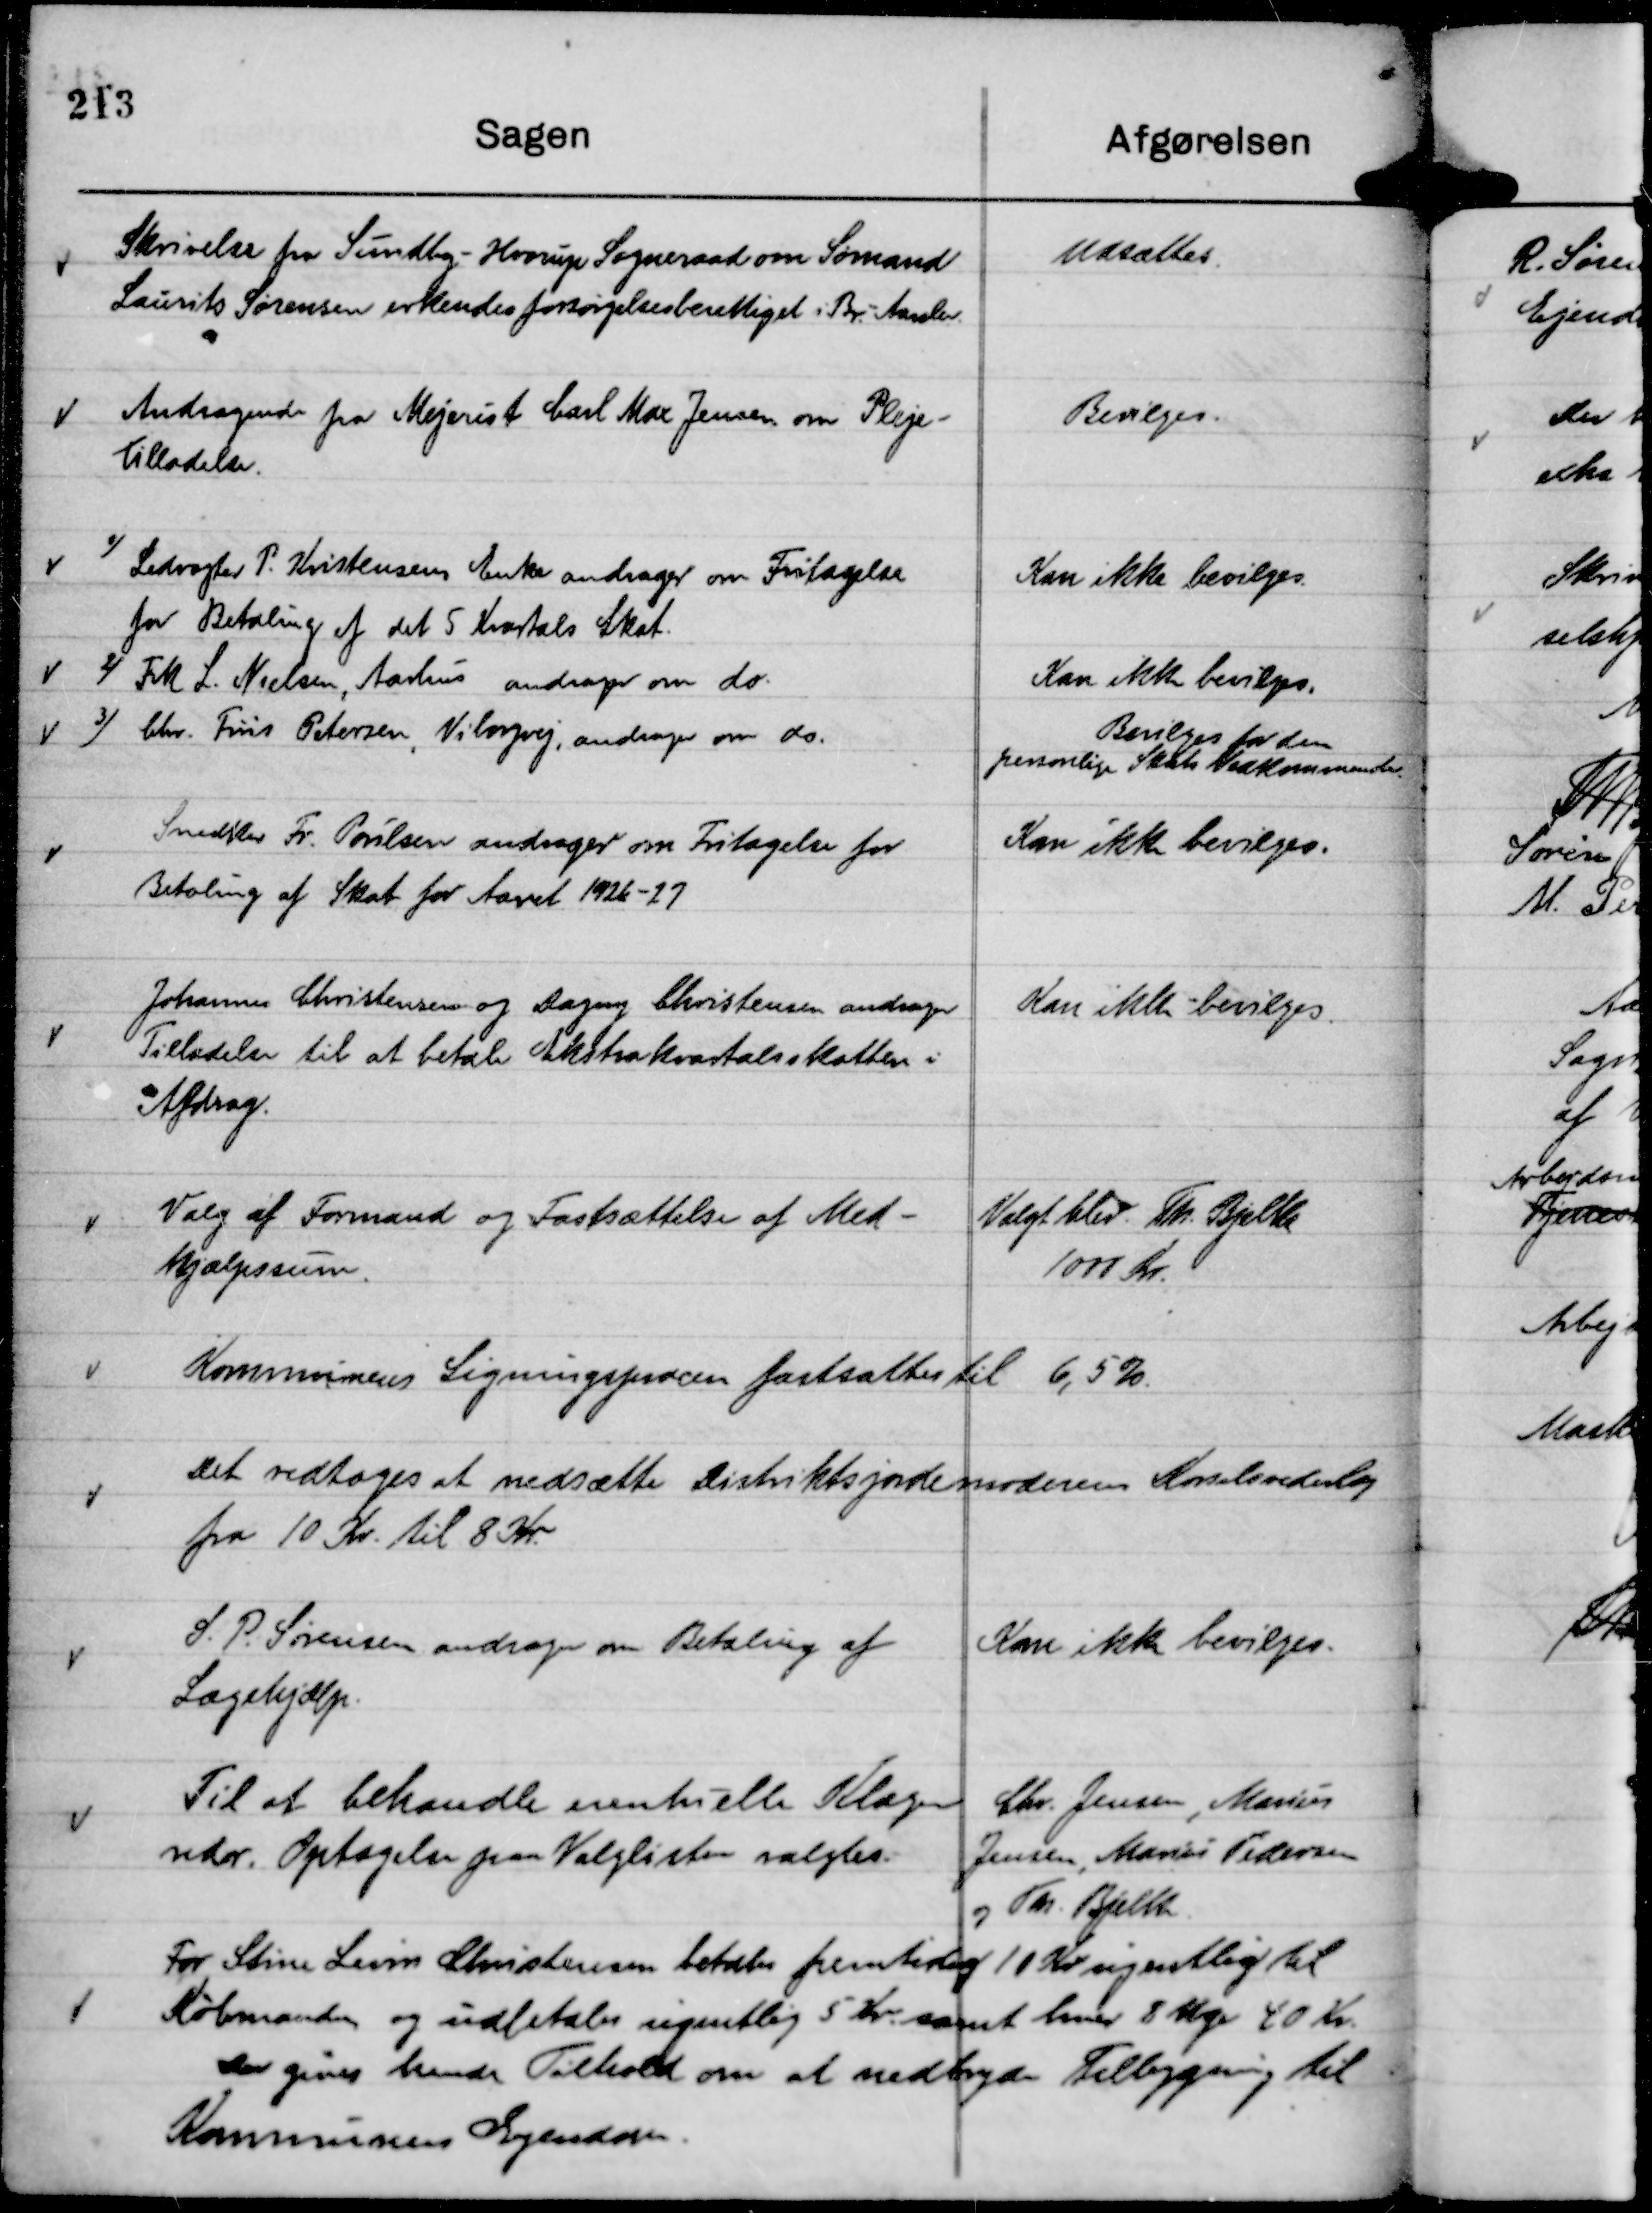
Transskription:
Skrivelse fra Sundby - Hvorup Sogneraad om Sømand
Laurits Sørensen erkendes forsørgelsesberettiget i Br. - Aarslev.

Udsættes.

Andragende fra Mejerist Carl Max Jensen om Pleje-
Tilladelse.

Bevilges.

Snedker Fr. Poulsen andrager om Fritagelse for
Betaling af Skat for Aaret 1926 - 27

Kan ikke bevilges.

Johannes Christensen og Dagny Christensen andrager
Tilladelse til at betale Ekstrakvartalsskatten i
Afdrag.

Kan ikke bevilges.

Valg af Formand og Fastsættelse af Med-
hjælpssum.

Valgt blev Th. Bjelke
1000 Kr.

Kommunens Ligningsprocen fastsattes til 6,5 %.

Det vedtoges at nedsætte Distriktsjordemoderens Kørselsvederlag
fra 10 Kr. til 8 Kr.

S. P. Sørensen andrager om Betaling af
Lægehjælp.

Kan ikke bevilges.

Til at behandle eventuelle Klager
vedr. Optagelse paa Valglisten valgtes.

Chr. Jensen, Marius
Jensen, Marius Pedersen
og Th. Bjelke.

For Stine Levin Christensen betales fremtidig 10 Kr ugentlig til
Købmanden og udbetales ugentlig 5 Kr. samt hver 8 Uge 40 Kr.
Der gives hende Tilhold om at nedbryde Tilbygning til
Kommunens Ejendom.